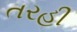
તરહી